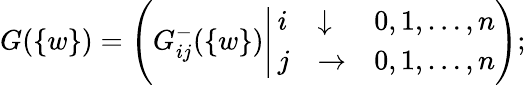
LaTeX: G(\{ w\} )=\Bigg(G_{ij}^{-}(\{ w\} )\Bigg|\left.\begin{array}{lll}{{i}}&{{\downarrow}}&{{0,1,\ldots,n}}\\ {{j}}&{{\rightarrow}}&{{0,1,\ldots,n}}\end{array}\right.\Bigg);